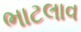
ભાટલાવ